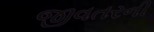
જીવતરની